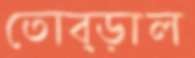
তোব্‌ড়াল